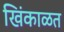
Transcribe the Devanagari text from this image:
खिंकाळत